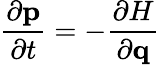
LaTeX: {\frac{\partial\mathbf{p}}{\partial t}}=-{\frac{\partial H}{\partial\mathbf{q}}}